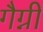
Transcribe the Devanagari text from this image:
गैग्नी